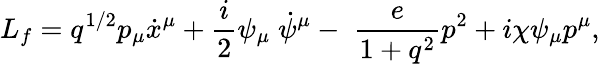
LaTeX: L_{f}=q^{1/2}p_{\mu}\dot{x}^{\mu}+\frac{i}{2}\psi_{\mu}\; \dot{\psi}^{\mu}-\; \frac{e}{1+q^{2}}p^{2}+i\chi\psi_{\mu}p^{\mu},